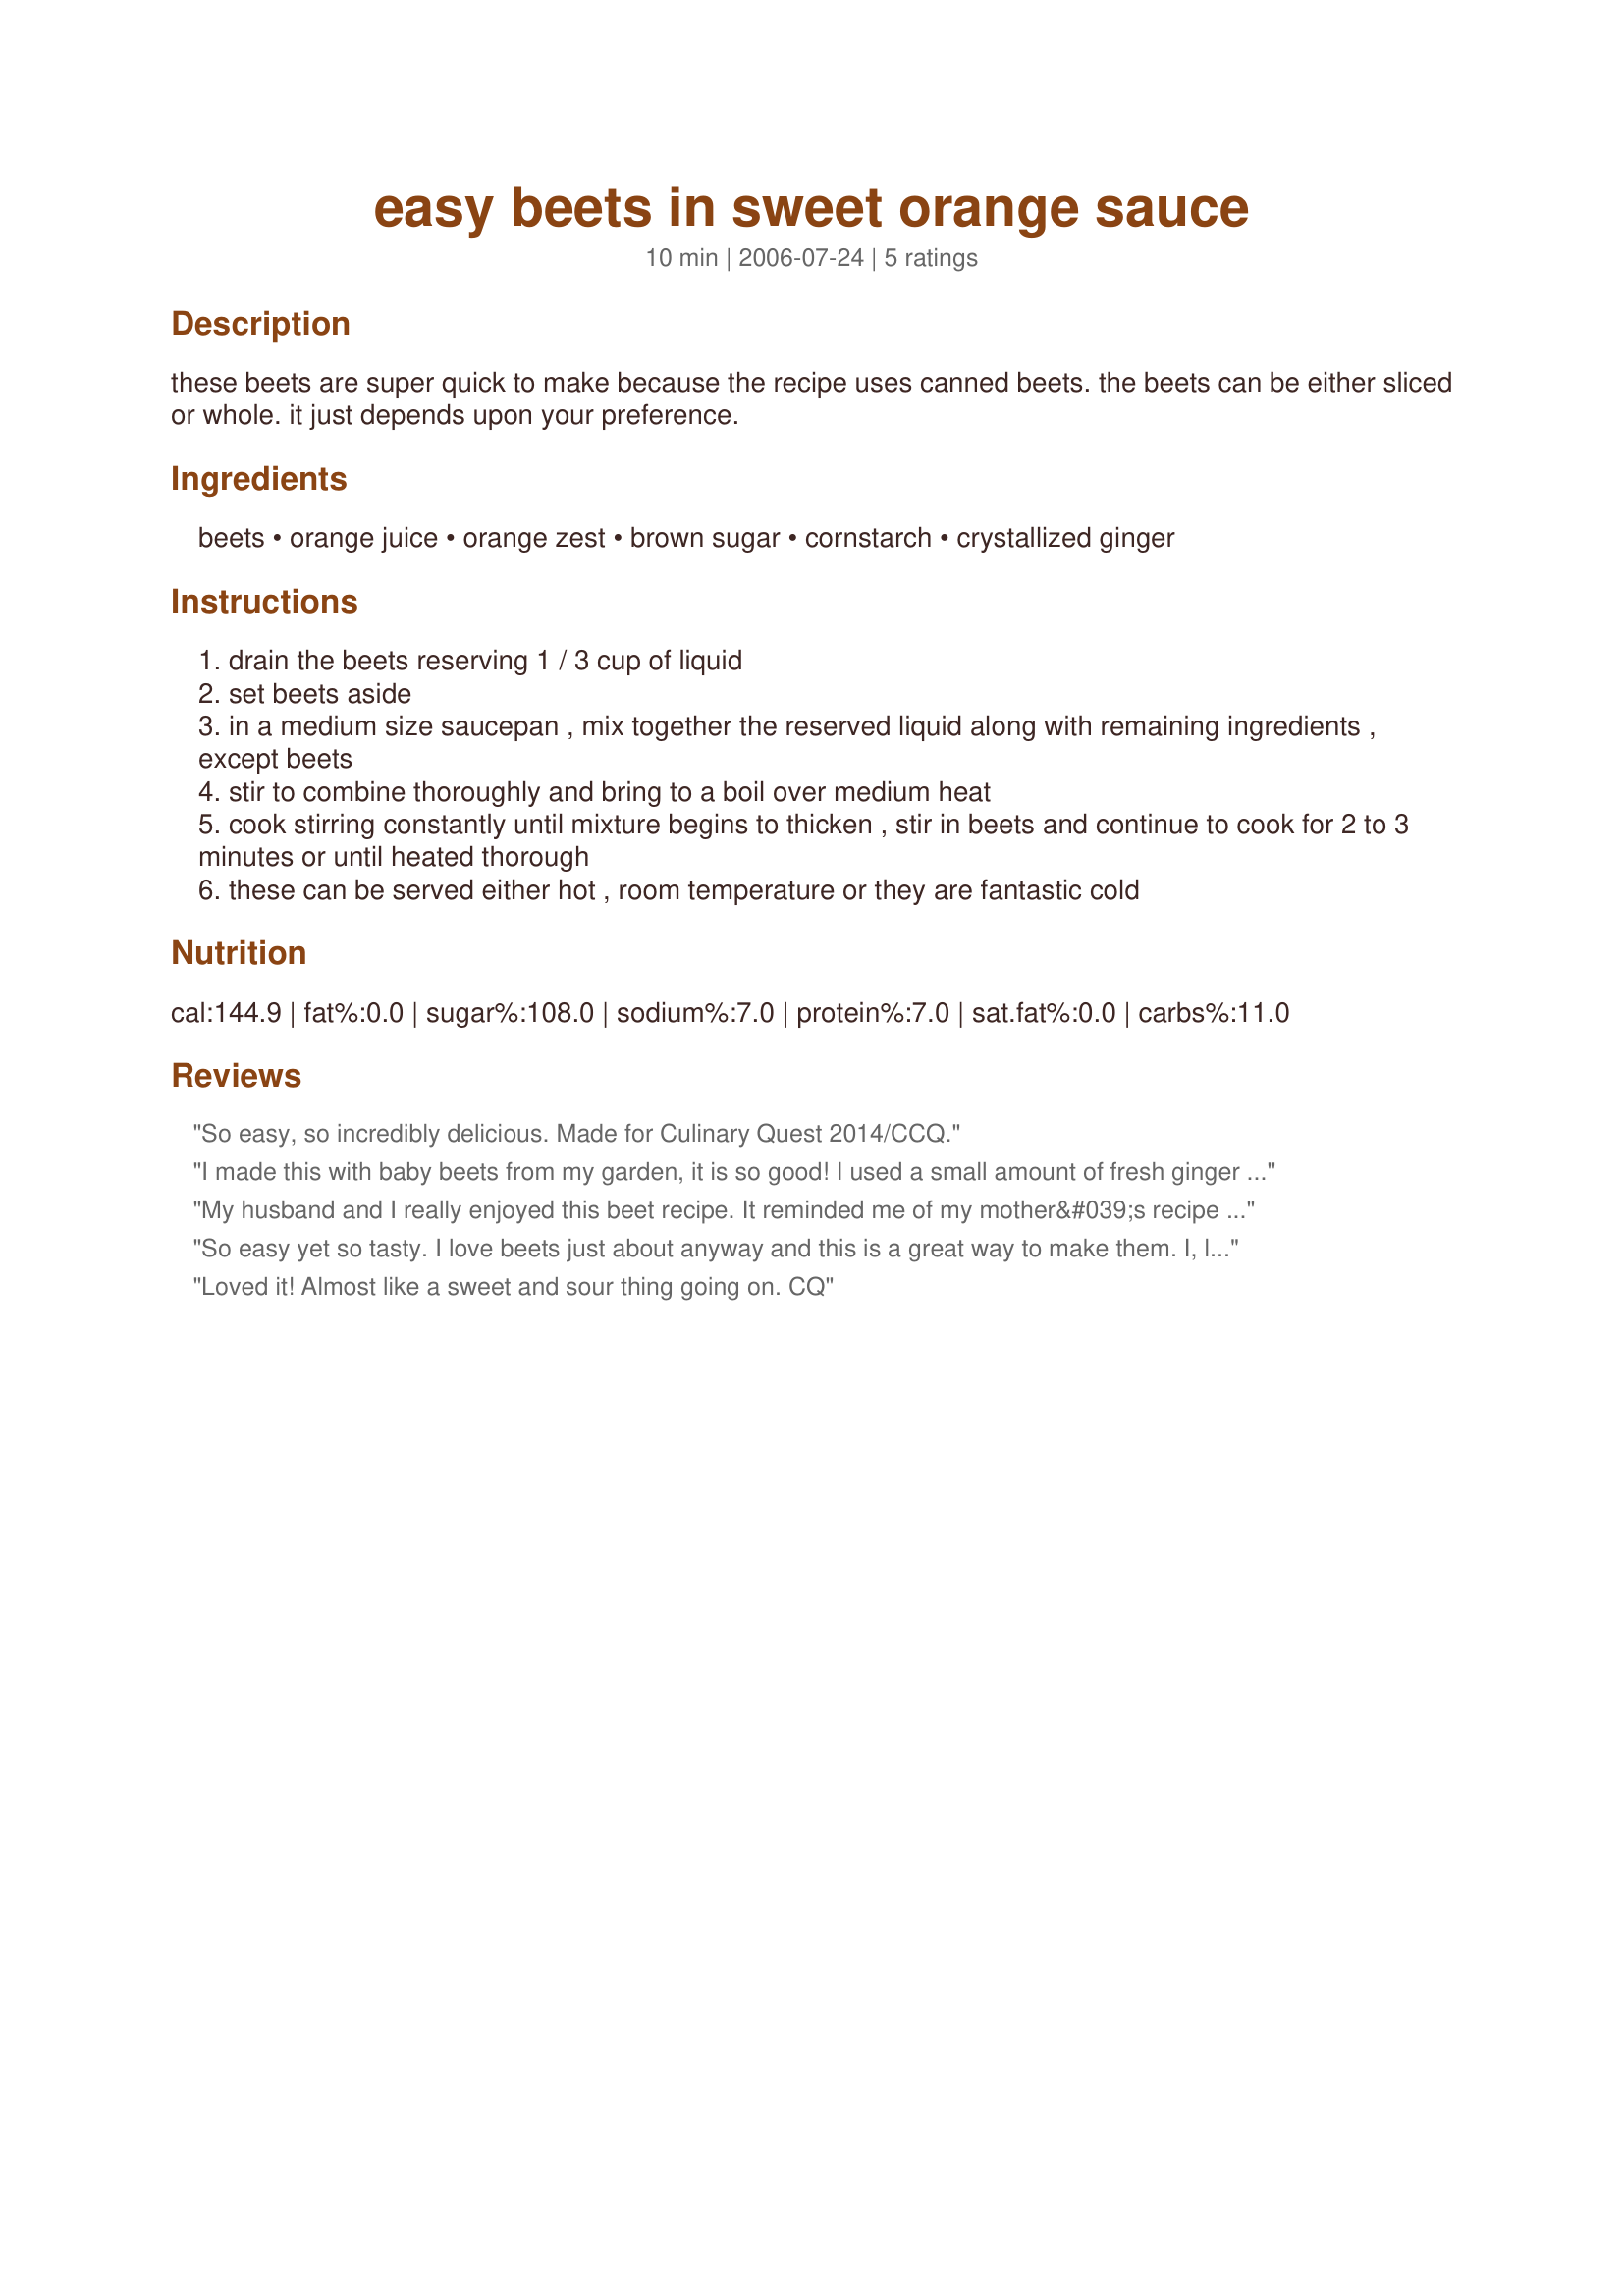
easy beets in sweet orange sauce
Preparation time: 10 minutes

these beets are super quick to make because the recipe uses canned beets. the beets can be either sliced or whole. it just depends upon your preference.

Ingredients:
beets, orange juice, orange zest, brown sugar, cornstarch, crystallized ginger

Steps:
drain the beets reserving 1 / 3 cup of liquid
set beets aside
in a medium size saucepan , mix together the reserved liquid along with remaining ingredients , except beets
stir to combine thoroughly and bring to a boil over medium heat
cook stirring constantly until mixture begins to thicken , stir in beets and continue to cook for 2 to 3 minutes or until heated thorough
these can be served either hot , room temperature or they are fantastic cold

Reviews:
So easy, so incredibly delicious. Made for Culinary Quest 2014/CCQ.
I made this with baby beets from my garden, it is so good! I used a small amount of fresh ginger in place of the crystallized. Thanks for sharing Paula!...Kitten:)
My husband and I really enjoyed this beet recipe. It reminded me of my mother&#039;s recipe that she made often during my childhood. I&#039;ve looked for this recipe for a long time and I&#039;m so glad I finally found it. We&#039;ll have this often at my house. The only thing I did differently was, instead of using canned beets I cooked 4 fresh beets in boiling water and peeled them (which is how my mom used to prepare her beets). But I followed the rest of the recipe as written, and it was yummy. Thanks PaulaG. Made for 2014 Culinary Quest.
So easy yet so tasty. I love beets just about anyway and this is a great way to make them. I, like Kitz, didn't have crystalized ginger so I used a touch of powdered. Wonderful blend of flavors. Thanks Paula
Loved it! Almost like a sweet and sour thing going on. CQ
